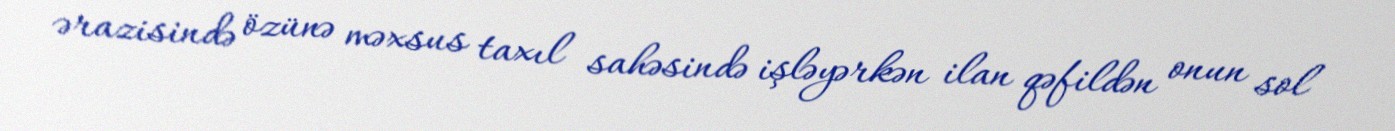
ərazisində özünə məxsus taxıl sahəsində işləyərkən ilan qəfildən onun sol